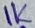
Text: 1K